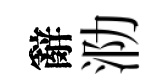
辭泐